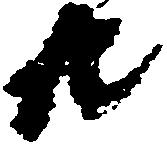
共